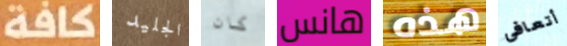
كافة الجليد كان هانس هذه أتعافى